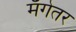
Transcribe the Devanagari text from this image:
मँगेतर